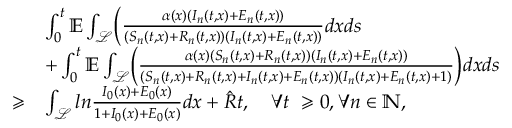
\begin{array} { r l } & { \int _ { 0 } ^ { t } \mathbb { E } \int _ { \mathcal { L } } \Bigl ( \frac { \alpha ( x ) ( I _ { n } ( t , x ) + E _ { n } ( t , x ) ) } { ( S _ { n } ( t , x ) + R _ { n } ( t , x ) ) ( I _ { n } ( t , x ) + E _ { n } ( t , x ) ) } d x d s } \\ & { + \int _ { 0 } ^ { t } \mathbb { E } \int _ { \mathcal { L } } \Bigl ( \frac { \alpha ( x ) ( S _ { n } ( t , x ) + R _ { n } ( t , x ) ) ( I _ { n } ( t , x ) + E _ { n } ( t , x ) ) } { ( S _ { n } ( t , x ) + R _ { n } ( t , x ) + I _ { n } ( t , x ) + E _ { n } ( t , x ) ) ( I _ { n } ( t , x ) + E _ { n } ( t , x ) + 1 ) } \Bigr ) d x d s } \\ { \geqslant } & { \int _ { \mathcal { L } } l n \frac { I _ { 0 } ( x ) + E _ { 0 } ( x ) } { 1 + I _ { 0 } ( x ) + E _ { 0 } ( x ) } d x + \hat { R } t , \quad \forall t \ \geqslant 0 , \forall n \in \mathbb { N } , } \end{array}